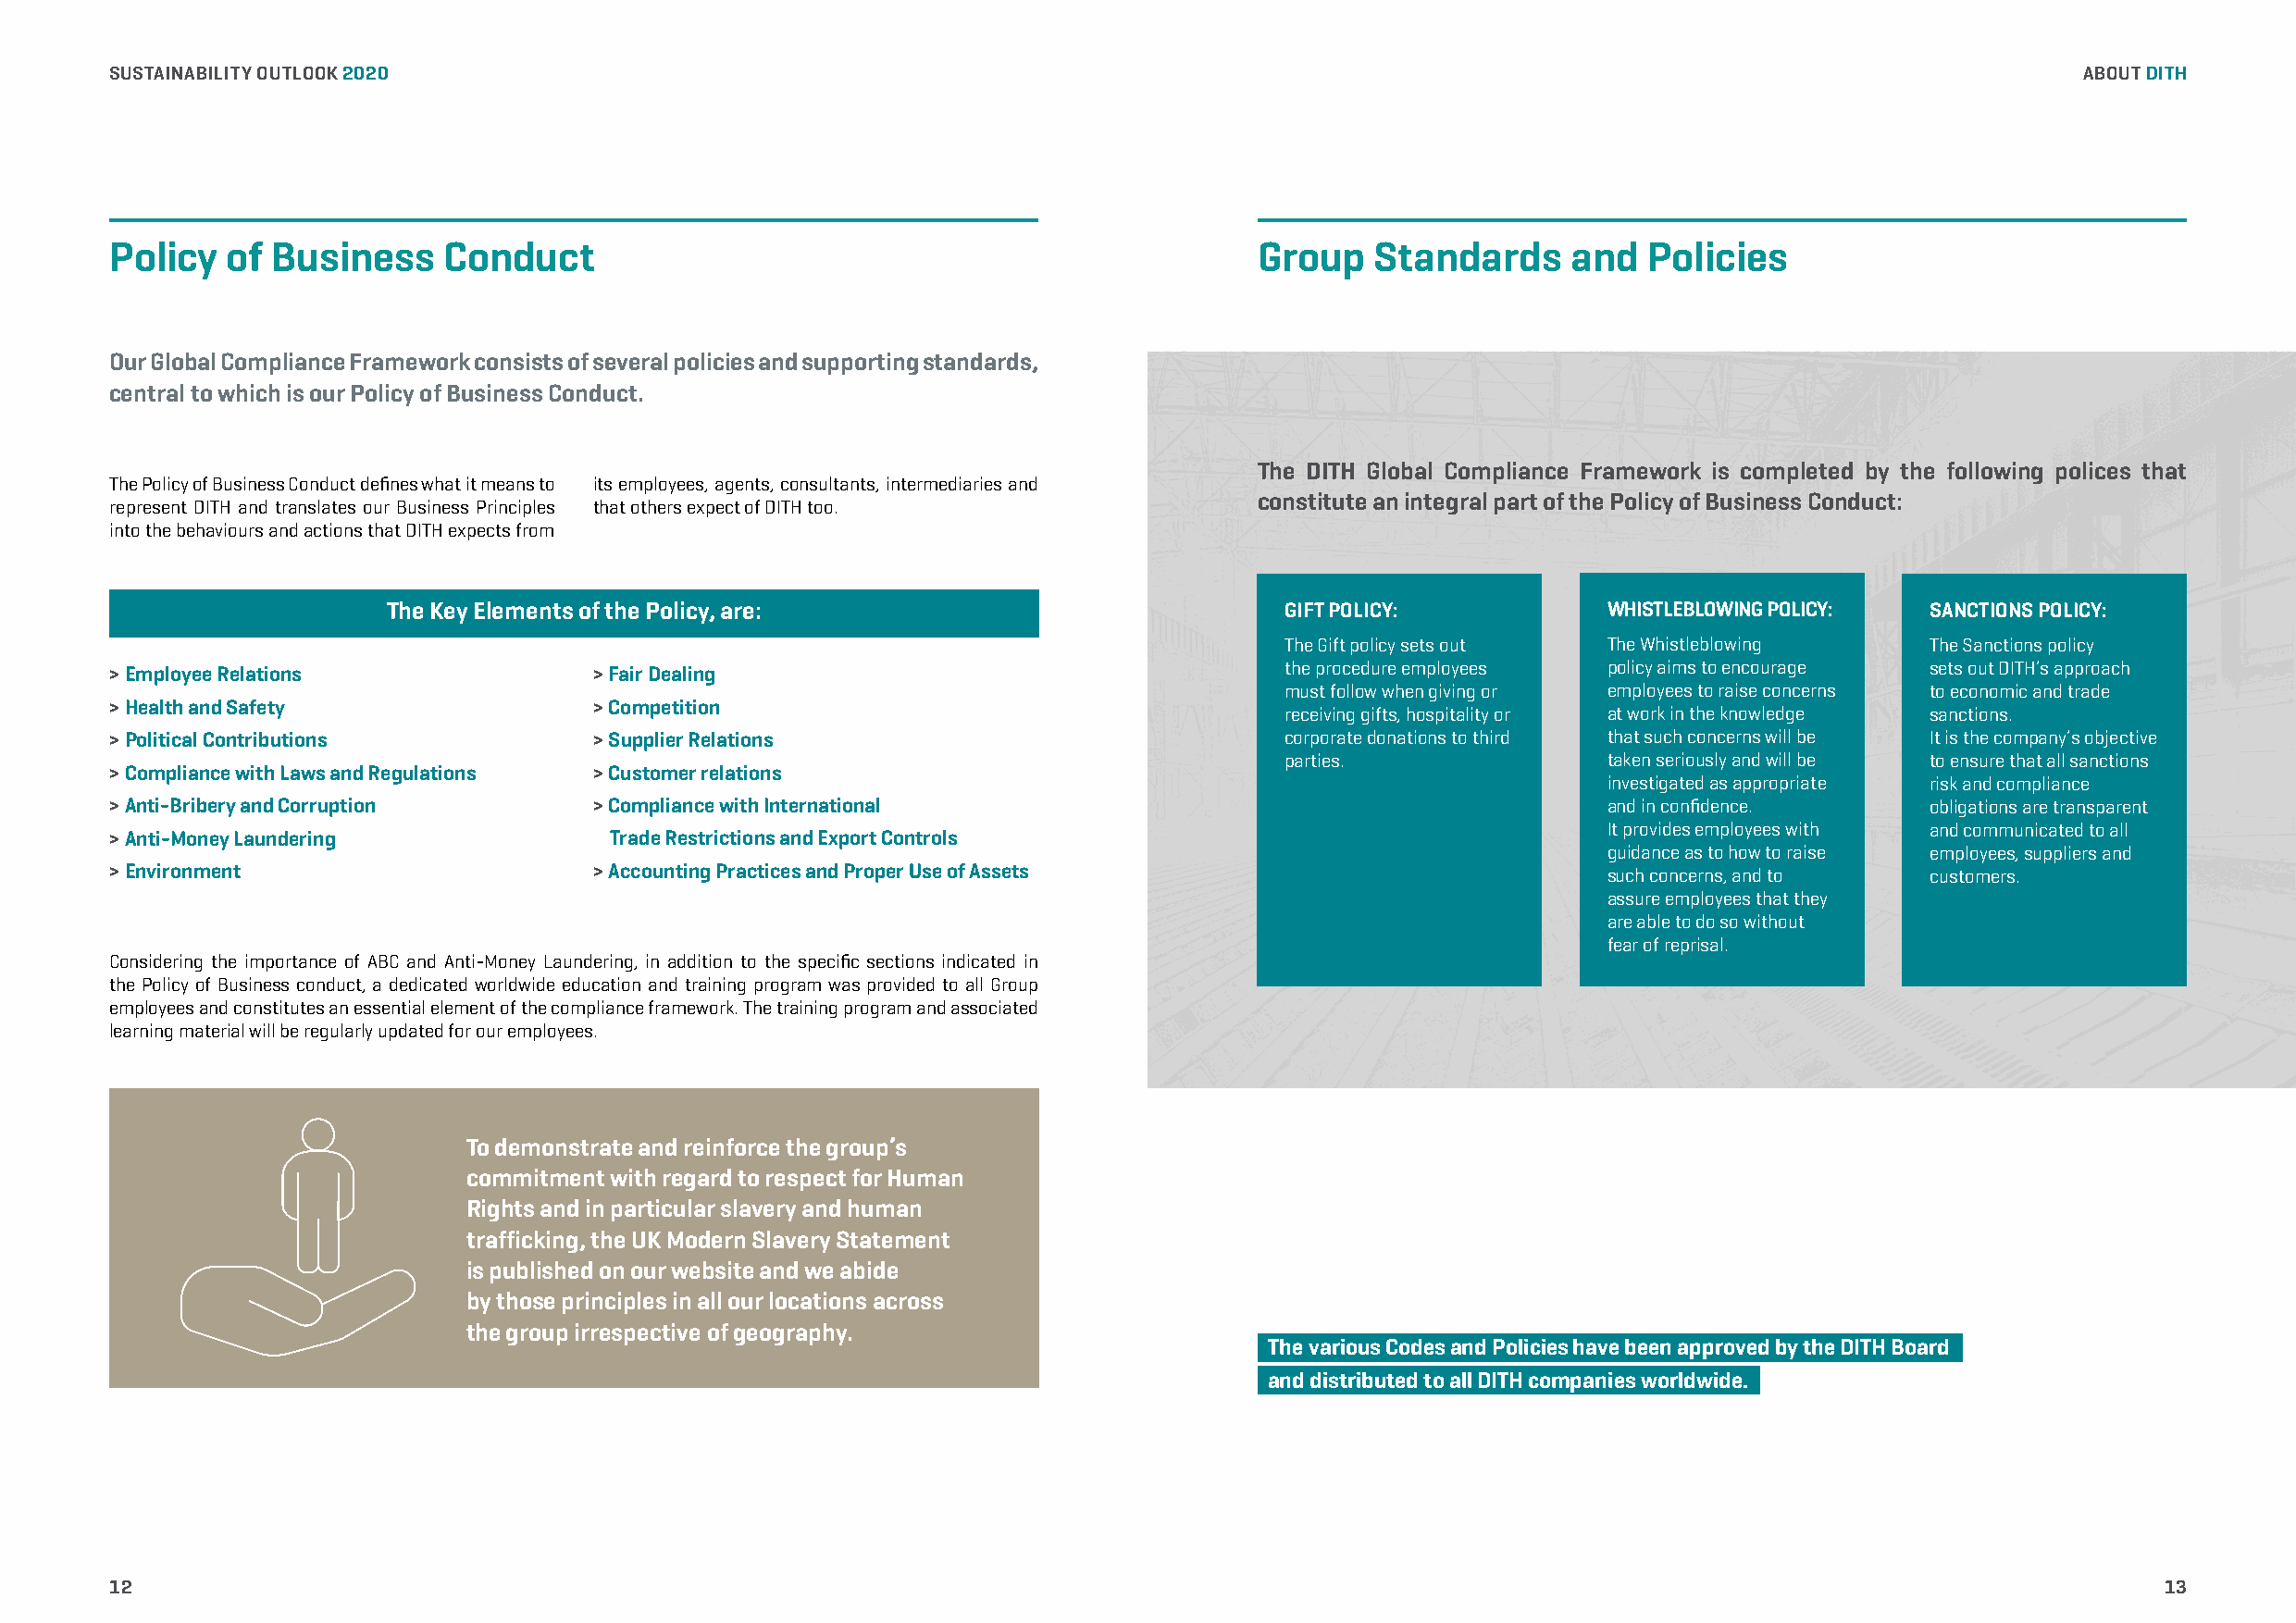
SUSTAINABILITY OUTLOOK 2020                                                                                                                  ABOUT DITH
 Policy  of Business     Conduct                                                   Group   Standards     and   Policies
 Our Global Compliance Framework consists of several policies and supporting standards,
 central to which is our Policy of Business Conduct.
 The DITH Global Compliance Framework is completed by the following polices that
 The Policy of Business Conduct defines what it means to its employees, agents, consultants, intermediaries and
 constitute an integral part of the Policy of Business Conduct:
 represent DITH and translates our Business Principles that others expect of DITH too.
 into the behaviours and actions that DITH expects from
 The Key Elements of the Policy, are:                            GIFT POLICY:           WHISTLEBLOWING POLICY: SANCTIONS POLICY:
 The Gift policy sets out The Whistleblowing   The Sanctions policy
 > Employee Relations              > Fair Dealing
 the procedure employees policy aims to encourage sets out DITH’s approach
 must follow when giving or employees to raise concerns to economic and trade
 > Health and Safety               > Competition                                     receiving gifts, hospitality or at work in the knowledge sanctions.
 > Political Contributions         > Supplier Relations                              corporate donations to third that such concerns will be It is the company’s objective
 parties.               taken seriously and will be to ensure that all sanctions
 > Compliance with Laws and Regulations > Customer relations
 investigated as appropriate risk and compliance
 > Anti-Bribery and Corruption     > Compliance with International                                          and in confidence.     obligations are transparent
 It provides employees with and communicated to all
 > Anti-Money Laundering             Trade Restrictions and Export Controls
 guidance as to how to raise employees, suppliers and
 > Environment                     > Accounting Practices and Proper Use of Assets                          such concerns, and to  customers.
 assure employees that they
 are able to do so without
 fear of reprisal.
 Considering the importance of ABC and Anti-Money Laundering, in addition to the specific sections indicated in
 the Policy of Business conduct, a dedicated worldwide education and training program was provided to all Group
 employees and constitutes an essential element of the compliance framework. The training program and associated
 learning material will be regularly updated for our employees.
 To demonstrate and reinforce the group’s
 commitment with regard to respect for Human
 Rights and in particular slavery and human
 trafficking, the UK Modern Slavery Statement
 is published on our website and we abide
 by those principles in all our locations across
 the group irrespective of geography.
 The various Codes and Policies have been approved by the DITH Board
 and distributed to all DITH companies worldwide.
 12                                                                                                                                                 13